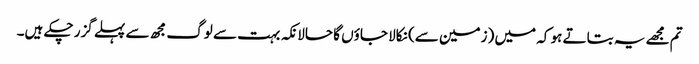
تم مجھے یہ بتاتے ہو کہ میں (زمین سے) نکالا جاؤں گا حالانکہ بہت سے لوگ مجھ سے پہلے گزر چکے ہیں۔